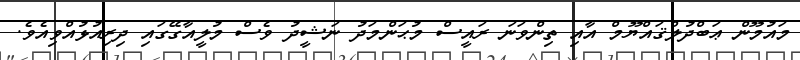
މައުމޫން ޢަބްދުލްޤައްޔޫމް އާއި ތިންވަނަ ރައީސް މުޙަންމަދު ނަޝީދު ވެސް މުލީއާގޭގައި ދިރިއުޅުއްވިއެވެ.